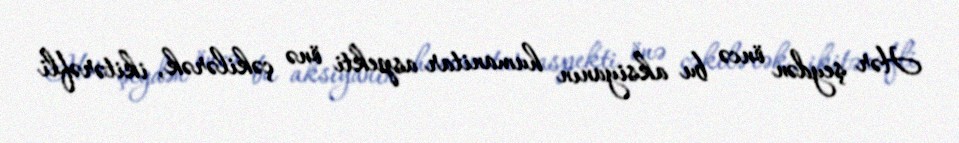
Hər şeydən öncə bu aksiyanın humanitar aspekti önə çəkilərək, ikitərəfli